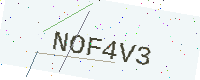
Text: NOF4V3